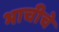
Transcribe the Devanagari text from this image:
भाचीचे